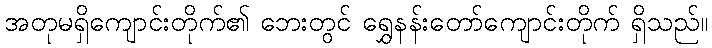
အတုမရှိကျောင်းတိုက်၏ ဘေးတွင် ရွှေနန်းတော်ကျောင်းတိုက် ရှိသည်။